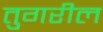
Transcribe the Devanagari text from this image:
तुगरील